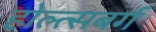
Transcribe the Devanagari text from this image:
होल्त्सबर्ग